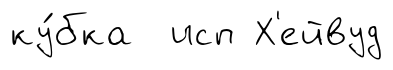
ку́бка исп Х'ейвуд